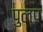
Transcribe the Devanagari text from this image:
पुल्प